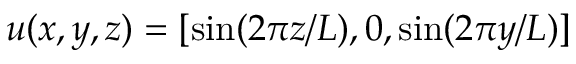
\boldsymbol u ( x , y , z ) = [ \sin ( 2 \pi z / L ) , 0 , \sin ( 2 \pi y / L ) ]